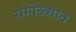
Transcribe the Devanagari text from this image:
रांगोळ्यात